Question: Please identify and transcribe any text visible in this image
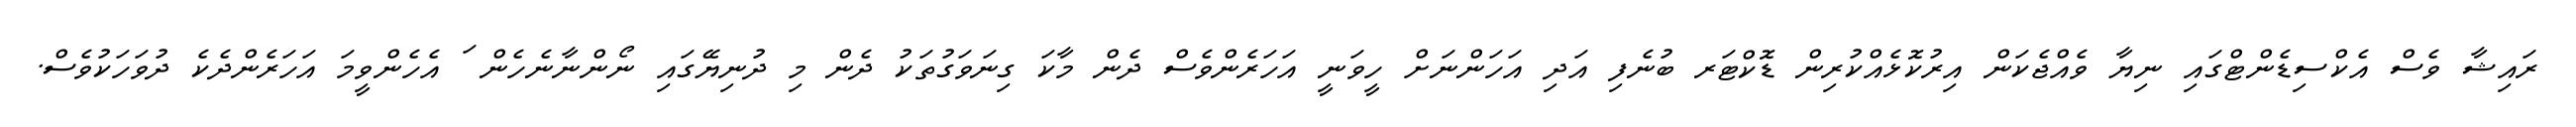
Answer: ރައިޝާ ވެސް އެކްސިޑެންޓްގައި ނިޔާ ވެއްޖެކަން އިރުކޮޅެއްކުރިން ޑޮކްޓަރ ބުނެފި އަދި އަހަންނަށް ހީވަނީ އަހަރެންވެސް ދެން މާކަ ގިނަވަގުތަކު ދެން މި ދުނިޔޭގައި ނޯންނާނެހެން ަ އެހެންވީމަ އަހަރެންދެކެ ދުވަހަކުވެސް.